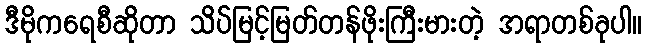
ဒီမိုကရေစီဆိုတာ သိပ်မြင့်မြတ်တန်ဖိုးကြီးမားတဲ့ အရာတစ်ခုပါ။